Report of the Indian Hemp Drugs Commission, 1894-1895 - Volume VI
Year: 1894
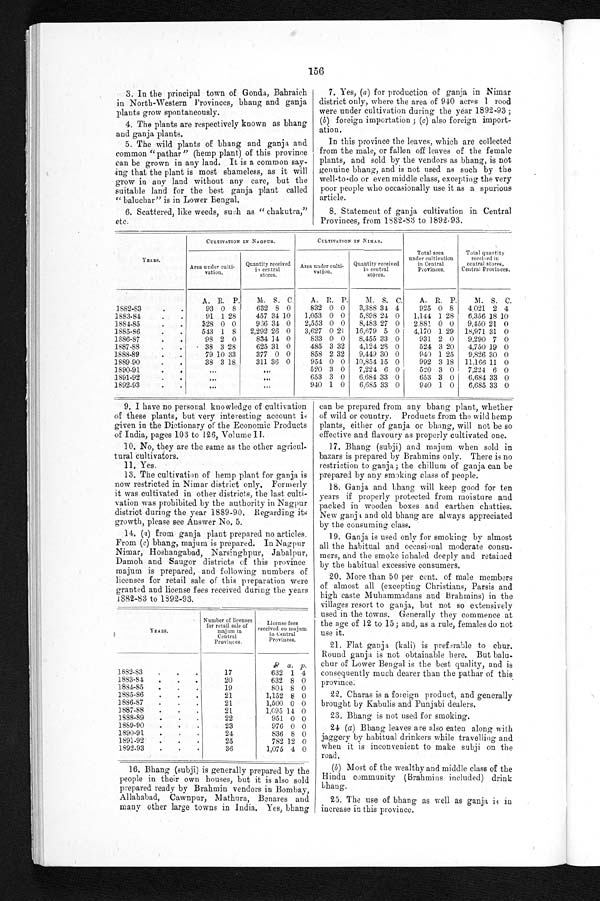
156
3. In the principal town of Gonda, Bahraich
in North-Western Provinces, bhang and ganja
plants grow spontaneously.
4. The plants are respectively known as bhang
and ganja plants.
5. The wild plants of bhang and ganja and
common "pathar" (hemp plant) of this province
can be grown in any land. It is a common say
- i n g t h a t t h e p l a n t i s m o s t s h a m e l e s s , a s i t w i l l
grow in any land without any care, but the
suitable land for the best ganja plant called
" baluchar" is in Lower Bengal.
6. Scattered, like weeds, such as "chakutra,"
etc.
7. Yes, (a) for production of ganja in Nimar
district only, where the area of 940 acres 1 rood
were under cultivation during the year 1892-93;
(b) foreign importation; (c) also foreign import
-ation.
In this province the leaves, which are collected
from the male, or fallen off leaves of the female
plants, and sold by the vendors as bhang, is not
genuine bhang, and is not used as such by the
well-to-do or even middle class, excepting the very
poor people who occasionally use it as a spurious
article.
8. Statement of ganja cultivation in Central
Provinces, from 1882-83 to 1892.93.
YEARS.
CULTIVATION IN NAGPUR.
CULTIVATION IN NIMAR.
Total area
under cultivation
in Central
Provinces.
Total quantity
received in
central stores,
Central Provinces.
Area under culti-
vation
Quantity received
in central
stores.
Area under culti-vation.
Quantity received
in central
stores.
A. R. P.
M. S. C.
A. R. P.
11. S. C.
A. R. P.
NI. S. C.
1882-53 . . .
93 0 8
632 8 0
832 0 0
3,388 31 4
925 0 8
4,021 2 4
1883-84 . . .
91 1 28
4.57 34 10
1,053 0 0
5,898 24 0
1,144 1 28
6,356 18 10
1884-85 . . .
328 0 0
9,36 34 0
2,553 0 0
8,483 27 0
2,881 0 0
9,450 21 0
1885-86 . . .
543 1 8
2,292 26 0
3,627 0 21
16,679 5 0
4,170 1 29 18,971 31 0
1386-87. . .
98 2 0
834 14 0
833 0 0
8,455 33 0
931 2 0
9,290 7 0
1887-88 . . .
•
38 3 28
625 31 0
485 3 32
4,124 23 0
524 3 20
4,750 19 0
1888-89. . .
79 10
3 3
377 0 0
858 2 32
9,449 30 0
9 4 0 1 25
9,826 30 0
1889- 90 . . .
38 3 18
311 36 0
954 0 0 10,854 15 0
992 3 18 11.166 11
0
1890-91. . .
. . .
. . .
520 3 0
7,221 6 0
520 3 0
7,224 6 0
1891-92 . . .
. . .
. . .
653 3 0
6,684 33 0
653 3 0
6,684 33 0
1892-93
. . .
. . .
940 1 0
6,685 33 0
940 1 0
6,685 33 0
9. I have no personal knowledge of cultivation
of these plants, but very interesting account is
given in the Dictionary of the Economic Products
of India, pages 103 to 126, Volume I I.
10, No, they are the same as the other agricul
-tural cultivators.
11. Yes.
13. The cultivation of hemp plant for ganja is
now restricted in Nimar district only, Formerly
it was cultivated in other districts, the last culti
-vation was prohibited by the authority in Nagpur
district during the year 1889-90, Regarding its
growth, please see Answer No. 5.
14. (c) from ganja plant prepared no articles.
From (c) bhang, majum is prepared. In Nagpur
Nimar, Hoshangabad, Narsinghpur, Jabalpur,
Damoh and Saugor districts of this province
majum is prepared, and following numbers of
licenses for retail sale of this preparation were
granted and license fees received during the years
1882-83 to 1892-93.
YEARS.
Number of licenses
for retail sale o
f manjum in
Central
Provinces.
License fees
received on majum
in
C e n t r a l P r o v i n c e s .
1882-83 . . .
17
R
632
a.
1
p.
4
1883-84
. . .
20
632 8 0
1884-85 . . .
19
801 8 0
1885-86 . . .
21
1,152 8 0
.
1886-87. . .
.
1,500 0 0
1887-88
. . .
21
1,195 14 0
1888-89
. . .
22
9:51 0 0
1859-90
. . .
23
976 0 0
1890-91 . . .
24
836 8 0
1891-92 . . .
25
782 12 0
1892-93 . . .
36
1,075 4 0
16. Bhang (subji) is generally prepared by the
people in their own houses, but it is also sold
prepared ready by Brahmin vendors in Bombay,
Allahabad, Cawnpur, Mathura, Benares and
many other large towns in India. Yes, bhang
can be prepared from any bhang plant, whether
of wild or country. Products from the wild hemp
plants, either of ganja or bhang, will not be so
effective and flavoury as properly cultivated one.
Bhang (subji) and majum when sold in
bazars is prepared by Brahmins only. There is no
restriction to ganja; the chillum of ganja can be
prepared by any smoking class of people.
18. Ganja and bhang will keep good for ten
years if properly protected from moisture and
packed in wooden boxes and earthen chatties.
New ganja and old bhang are always appreciated
by the consuming class.
19. Ganja is used only for smoking by almost
all the habitual and occasional moderate consu
-mers, and the smoke inhaled deeply and retained
by the habitual excessive consumers.
20. More than 50 per cent. of male members
of almost all (excepting Christians, Parsis and
high caste Muhammadans and Brahmins) in the
villages resort to ganja, but not so extensively
used in the towns. Generally they commence at
the age of 12 to 15; and, as a rule, females do not
use it.
21. Flat ganja (kali) is preferable to chur.
Round ganja is not obtainable here. But balu
- c h u r o f L o w e r B e n g a l i s t h e b e s t q u a l i t y , a n d i s
consequently much dearer than the pathar of this
province.
22. Charas is a foreign product, and generally
brought by Kabulis and Punjabi dealers.
23. Bhang is not used for smoking.
24 (a) Bhang leaves are also eaten along with
jaggery by habitual drinkers while travelling and
when it is inconvenient to make subji on the
road.
(6) Most of the wealthy and middle class of the
Hindu community (Brahmins included) drink
bhang.
25. The use of bhang as well as ganja is in
increase in this province.